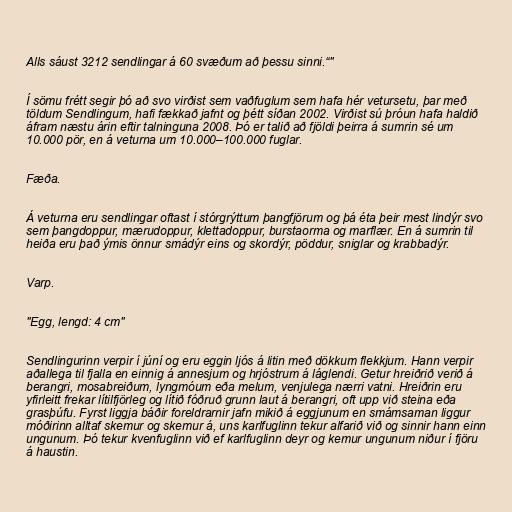
Alls sáust 3212 sendlingar á 60 svæðum að þessu sinni.“"

Í sömu frétt segir þó að svo virðist sem vaðfuglum sem hafa hér vetursetu, þar með
töldum Sendlingum, hafi fækkað jafnt og þétt síðan 2002. Virðist sú þróun hafa haldið
áfram næstu árin eftir talninguna 2008. Þó er talið að fjöldi þeirra á sumrin sé um
10.000 pör, en á veturna um 10.000–100.000 fuglar.

Fæða.

Á veturna eru sendlingar oftast í stórgrýttum þangfjörum og þá éta þeir mest lindýr svo
sem þangdoppur, mærudoppur, klettadoppur, burstaorma og marflær. En á sumrin til
heiða eru það ýmis önnur smádýr eins og skordýr, pöddur, sniglar og krabbadýr.

Varp.

"Egg, lengd: 4 cm"

Sendlingurinn verpir í júní og eru eggin ljós á litin með dökkum flekkjum. Hann verpir
aðallega til fjalla en einnig á annesjum og hrjóstrum á láglendi. Getur hreiðrið verið á
berangri, mosabreiðum, lyngmóum eða melum, venjulega nærri vatni. Hreiðrin eru
yfirleitt frekar lítilfjörleg og lítið fóðruð grunn laut á berangri, oft upp við steina eða
grasþúfu. Fyrst liggja báðir foreldrarnir jafn mikið á eggjunum en smámsaman liggur
móðirinn alltaf skemur og skemur á, uns karlfuglinn tekur alfarið við og sinnir hann einn
ungunum. Þó tekur kvenfuglinn við ef karlfuglinn deyr og kemur ungunum niður í fjöru
á haustin.